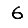
Digit: 6